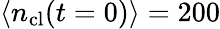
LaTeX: \langle n_{\mathrm{cl}}(t=0)\rangle=200